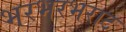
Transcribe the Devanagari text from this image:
भरभरभराट